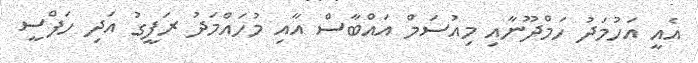
އެއީ އަހުމަދު ހަމްދޫނާއި މިއުސަމް އައްބާސް އާއި މުހައްމަދު ރަފީގު އަދި ހަފްސީ